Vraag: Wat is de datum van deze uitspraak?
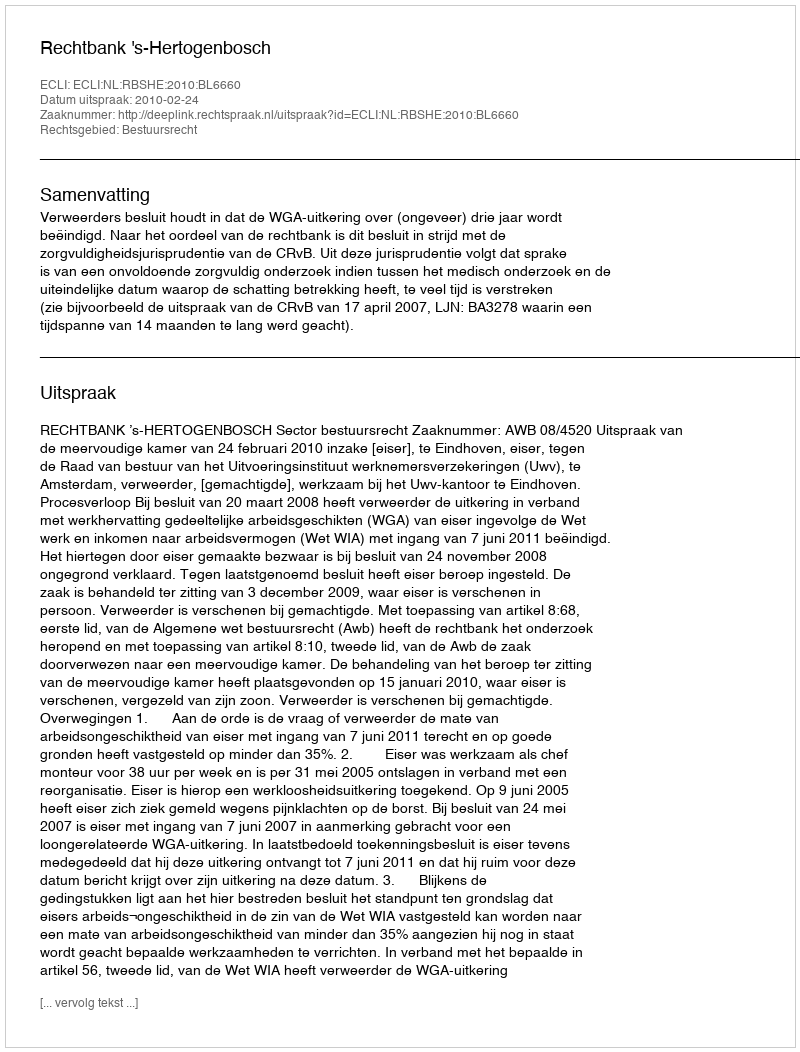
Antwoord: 2010-02-24